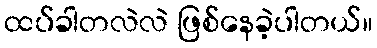
ထပ်ခါတလဲလဲ ဖြစ်နေခဲ့ပါတယ်။